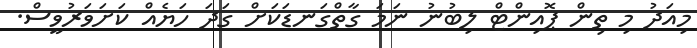
މިއަދު މި ތިން ޕޮއިންޓް ލިބުނު ނަމަ ގާތްގަނޑަކަށް ގަދަ ހަޔެއް ކަށަވަރުވީސް.